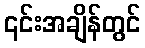
၎င်းအချိန်တွင်